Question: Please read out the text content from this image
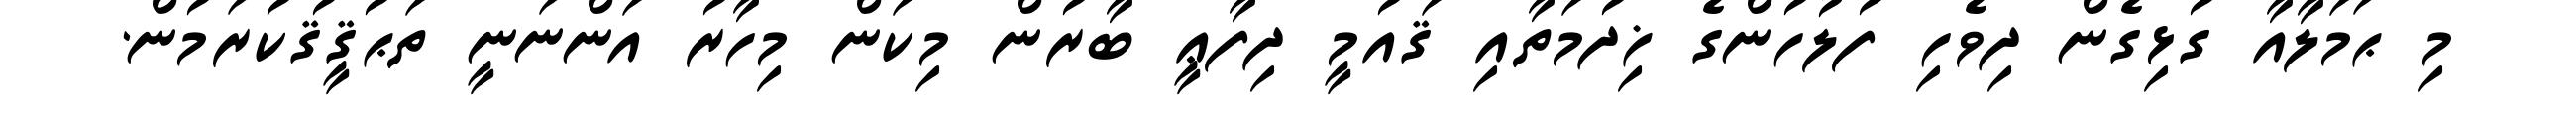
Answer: މި ޙަމަލާއާ ގުޅިގެން ދިވެހި ފުލުހުންގެ ޚިދުމަތާއި ޤައުމީ ދިފާޢީ ބާރުން މިކަން މިހާރު އަންނަނީ ތަޙުޤީޤުކުރަމުން.